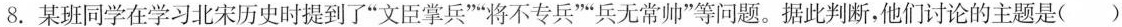
8.某班同学在学习北宋历史时提到了”文臣掌兵””将不专兵””兵无常帅”等问题。据此判断，他们讨论的主题是()